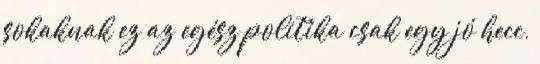
sokaknak ez az egész politika csak egy jó hecc,